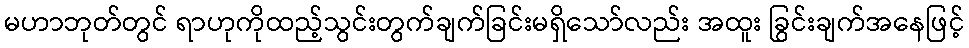
မဟာဘုတ်တွင် ရာဟုကိုထည့်သွင်းတွက်ချက်ခြင်းမရှိသော်လည်း အထူး ခြွင်းချက်အနေဖြင့်